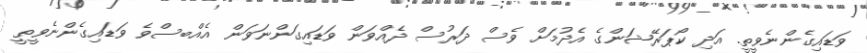
ވަޑައިގެންނެވީތީ. އަދި ކޯޕަރޭޝަންގެ އެދުމަށް ވެސް ދަރުސް ދެއްވަން ވަޑައިގަންނަވަން އެއްބސްވެ ވަޑައިގެންނެވީތީ